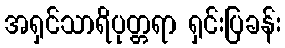
အရှင်သာရိပုတ္တရာ ရှင်းပြခန်း